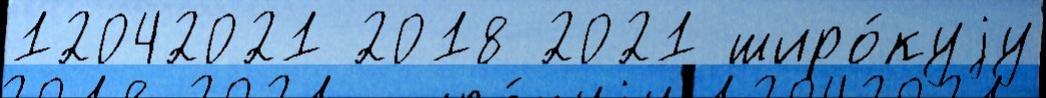
12042021 2018 2021 широ́куjу